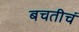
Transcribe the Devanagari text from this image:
बचतीचं